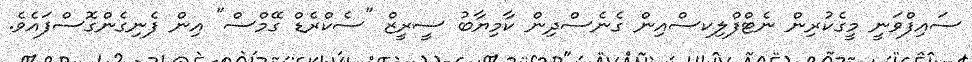
ސައިފްވަނީ މީގެކުރިން ނެޓްފްލިކސްއިން ގެނެސްދިން ކާމިޔާބު ސީރީޒް "ސެކްރެޑް ގޭމްސް" އިން ފެނިގެންގޮސްފައެވެ.